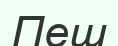
Пеш